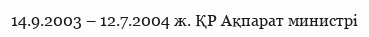
14.9.2003 – 12.7.2004 ж. ҚР Ақпарат министрі